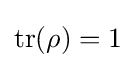
\operatorname {tr} (\rho )=1